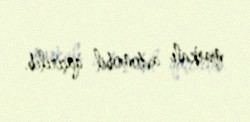
markalı avtomobil qaçırılıb.